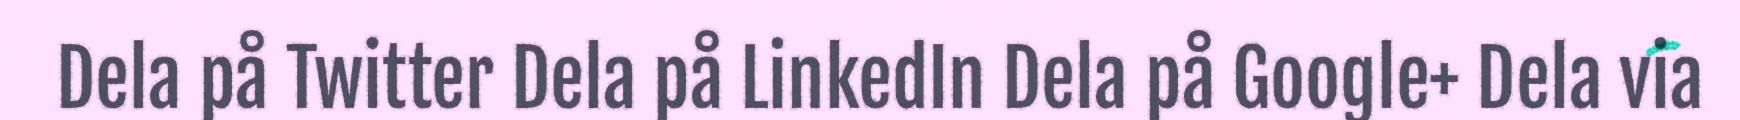
Dela på Twitter Dela på LinkedIn Dela på Google+ Dela via